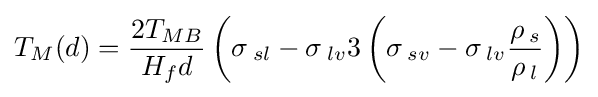
T_{M}(d)={\frac {2T_{MB}}{H_{f}d}}\left(\sigma \,_{sl}-\sigma \,_{lv}3\left(\sigma \,_{sv}-\sigma \,_{lv}{\frac {\rho \,_{s}}{\rho \,_{l}}}\right)\right)